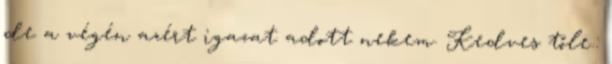
de a végén azért igazat adott nekem. Kedves tőle.: